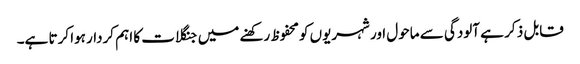
قابل ذ کر ہے آلودگی سے ماحول اور شہریوں کومحفوظ رکھنے میں جنگلات کا اہم کردار ہوا کرتا ہے۔